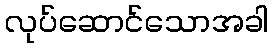
လုပ်ဆောင်သောအခါ